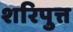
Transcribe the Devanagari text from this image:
शरिपुत्त